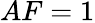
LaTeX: AF=1